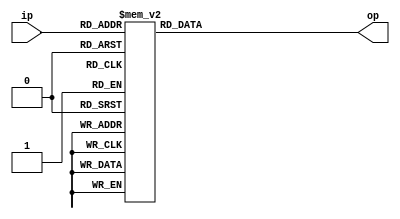
`timescale 1ns / 1ps
//////////////////////////////////////////////////////////////////////////////////
// Company: 
// Engineer: 
// 
// Design Name: 
// Module Name: decoder4bit
// Project Name: 
// Target Devices: 
// Tool Versions: 
// Description: 
// 
// Dependencies: 
// 
// Revision:
// Revision 0.01 - File Created
// Additional Comments:
// 
//////////////////////////////////////////////////////////////////////////////////


module decoder4bit(
input [3:0] ip,
output reg [6:0] op
    );
    
 always@(ip)
 begin
     case(ip)
        4'b0000: op = 7'b1000000;
        4'b0001: op = 7'b1111001;
        4'b0010: op = 7'b0100100;
        4'b0011: op = 7'b0110000;
        4'b0100: op = 7'b0011001;
        4'b0101: op = 7'b0010010;
        4'b0110: op = 7'b0000010;
        4'b0111: op = 7'b1111000;
        4'b1000: op = 7'b0000000;
        4'b1001: op = 7'b0010000;
        4'b1010: op = 7'b0001000;
        4'b1011: op = 7'b0000011;
        4'b1100: op = 7'b1000110;
        4'b1101: op = 7'b0100001;
        4'b1110: op = 7'b0000110;
        4'b1111: op = 7'b0001110;
    endcase
 end    
    
endmodule